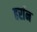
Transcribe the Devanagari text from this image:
हर्रान